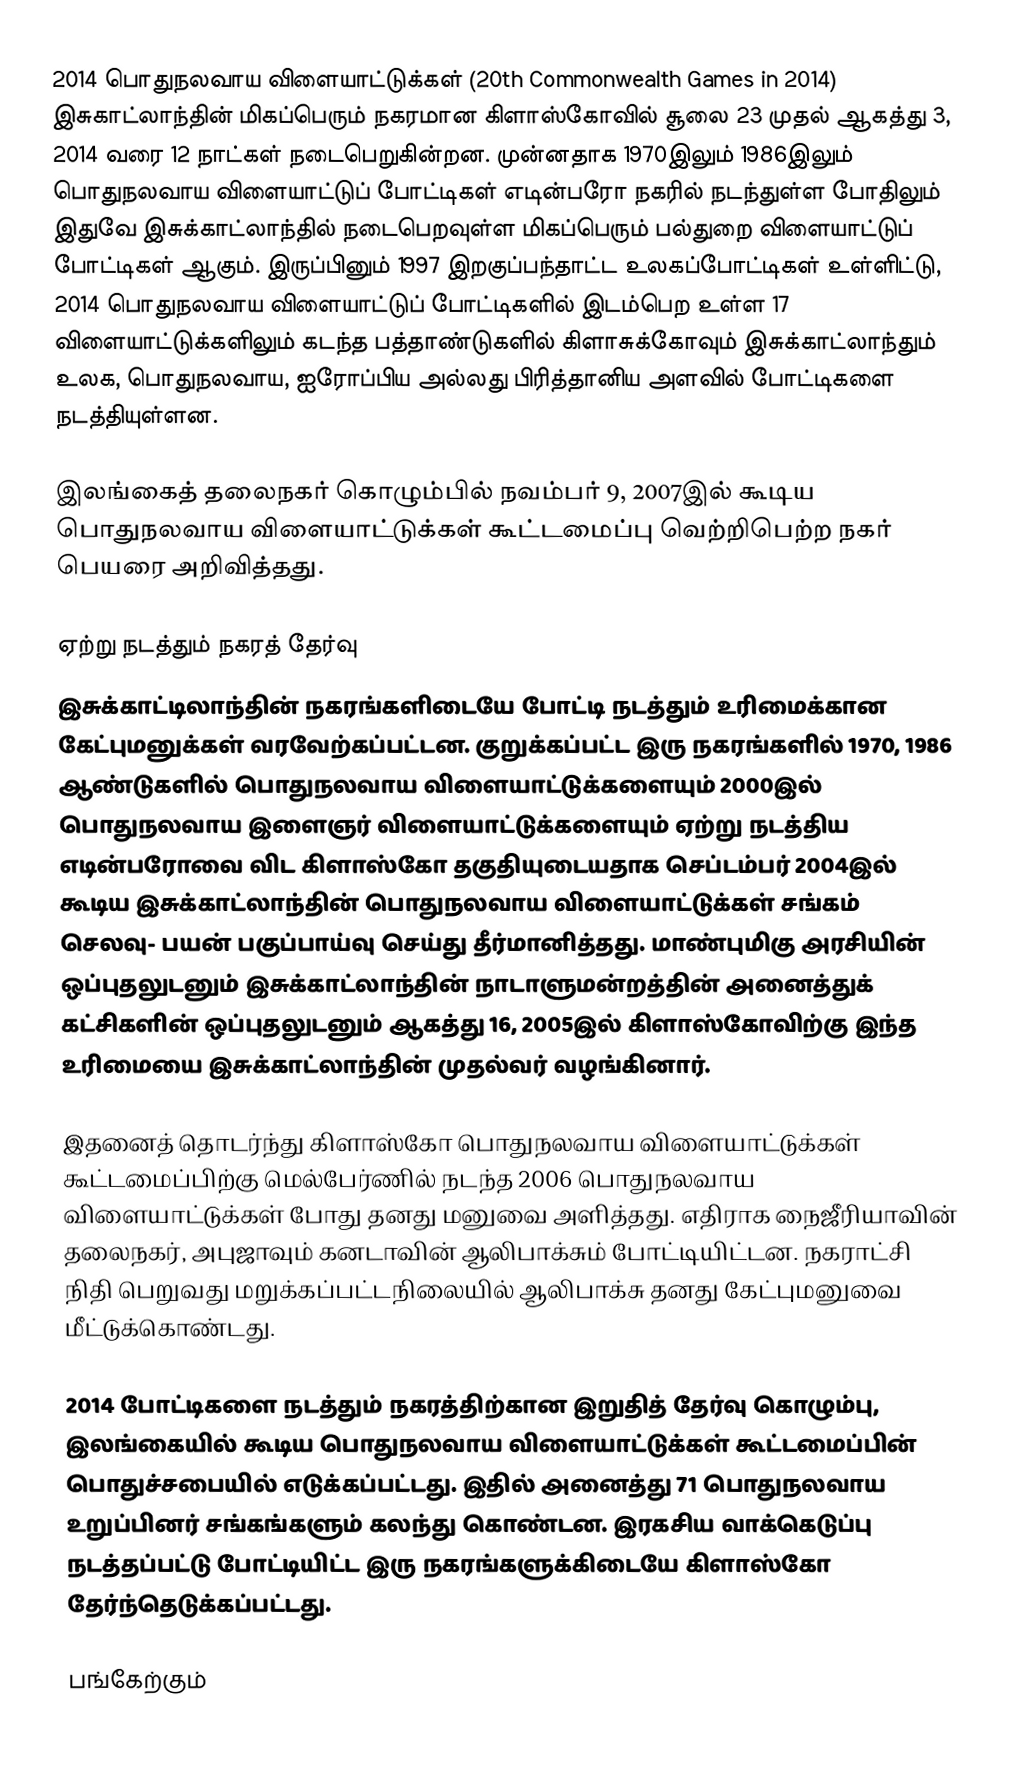
2014 பொதுநலவாய விளையாட்டுக்கள் (20th Commonwealth Games in 2014) இசுகாட்லாந்தின் மிகப்பெரும் நகரமான கிளாஸ்கோவில் சூலை 23  முதல் ஆகத்து 3, 2014 வரை 12 நாட்கள் நடைபெறுகின்றன. முன்னதாக 1970இலும் 1986இலும் பொதுநலவாய விளையாட்டுப் போட்டிகள் எடின்பரோ நகரில் நடந்துள்ள போதிலும் இதுவே இசுக்காட்லாந்தில் நடைபெறவுள்ள மிகப்பெரும் பல்துறை விளையாட்டுப் போட்டிகள் ஆகும். இருப்பினும் 1997 இறகுப்பந்தாட்ட உலகப்போட்டிகள் உள்ளிட்டு, 2014 பொதுநலவாய விளையாட்டுப் போட்டிகளில் இடம்பெற உள்ள 17 விளையாட்டுக்களிலும் கடந்த பத்தாண்டுகளில் கிளாசுக்கோவும் இசுக்காட்லாந்தும் உலக, பொதுநலவாய, ஐரோப்பிய அல்லது பிரித்தானிய அளவில் போட்டிகளை நடத்தியுள்ளன.

இலங்கைத் தலைநகர் கொழும்பில் நவம்பர் 9, 2007இல் கூடிய பொதுநலவாய விளையாட்டுக்கள் கூட்டமைப்பு வெற்றிபெற்ற நகர் பெயரை அறிவித்தது.

ஏற்று நடத்தும் நகரத் தேர்வு
இசுக்காட்டிலாந்தின் நகரங்களிடையே போட்டி நடத்தும் உரிமைக்கான கேட்புமனுக்கள் வரவேற்கப்பட்டன.  குறுக்கப்பட்ட இரு நகரங்களில் 1970, 1986 ஆண்டுகளில் பொதுநலவாய விளையாட்டுக்களையும் 2000இல் பொதுநலவாய இளைஞர் விளையாட்டுக்களையும் ஏற்று நடத்திய எடின்பரோவை விட  கிளாஸ்கோ  தகுதியுடையதாக செப்டம்பர் 2004இல் கூடிய இசுக்காட்லாந்தின் பொதுநலவாய விளையாட்டுக்கள் சங்கம் செலவு- பயன் பகுப்பாய்வு செய்து தீர்மானித்தது.   மாண்புமிகு அரசியின் ஒப்புதலுடனும் இசுக்காட்லாந்தின் நாடாளுமன்றத்தின் அனைத்துக் கட்சிகளின் ஒப்புதலுடனும் ஆகத்து 16, 2005இல் கிளாஸ்கோவிற்கு இந்த உரிமையை இசுக்காட்லாந்தின் முதல்வர் வழங்கினார்.

இதனைத் தொடர்ந்து கிளாஸ்கோ  பொதுநலவாய விளையாட்டுக்கள் கூட்டமைப்பிற்கு  மெல்பேர்ணில் நடந்த 2006 பொதுநலவாய விளையாட்டுக்கள் போது தனது மனுவை அளித்தது.  எதிராக நைஜீரியாவின் தலைநகர், அபுஜாவும் கனடாவின் ஆலிபாக்சும் போட்டியிட்டன. நகராட்சி நிதி பெறுவது மறுக்கப்பட்டநிலையில்  ஆலிபாக்சு தனது கேட்புமனுவை மீட்டுக்கொண்டது.

2014 போட்டிகளை நடத்தும் நகரத்திற்கான இறுதித் தேர்வு கொழும்பு, இலங்கையில் கூடிய பொதுநலவாய விளையாட்டுக்கள் கூட்டமைப்பின் பொதுச்சபையில் எடுக்கப்பட்டது. இதில் அனைத்து 71  பொதுநலவாய உறுப்பினர் சங்கங்களும் கலந்து கொண்டன. இரகசிய வாக்கெடுப்பு நடத்தப்பட்டு போட்டியிட்ட இரு நகரங்களுக்கிடையே கிளாஸ்கோ தேர்ந்தெடுக்கப்பட்டது.

பங்கேற்கும்